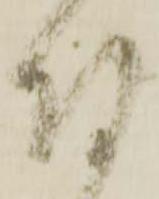
付